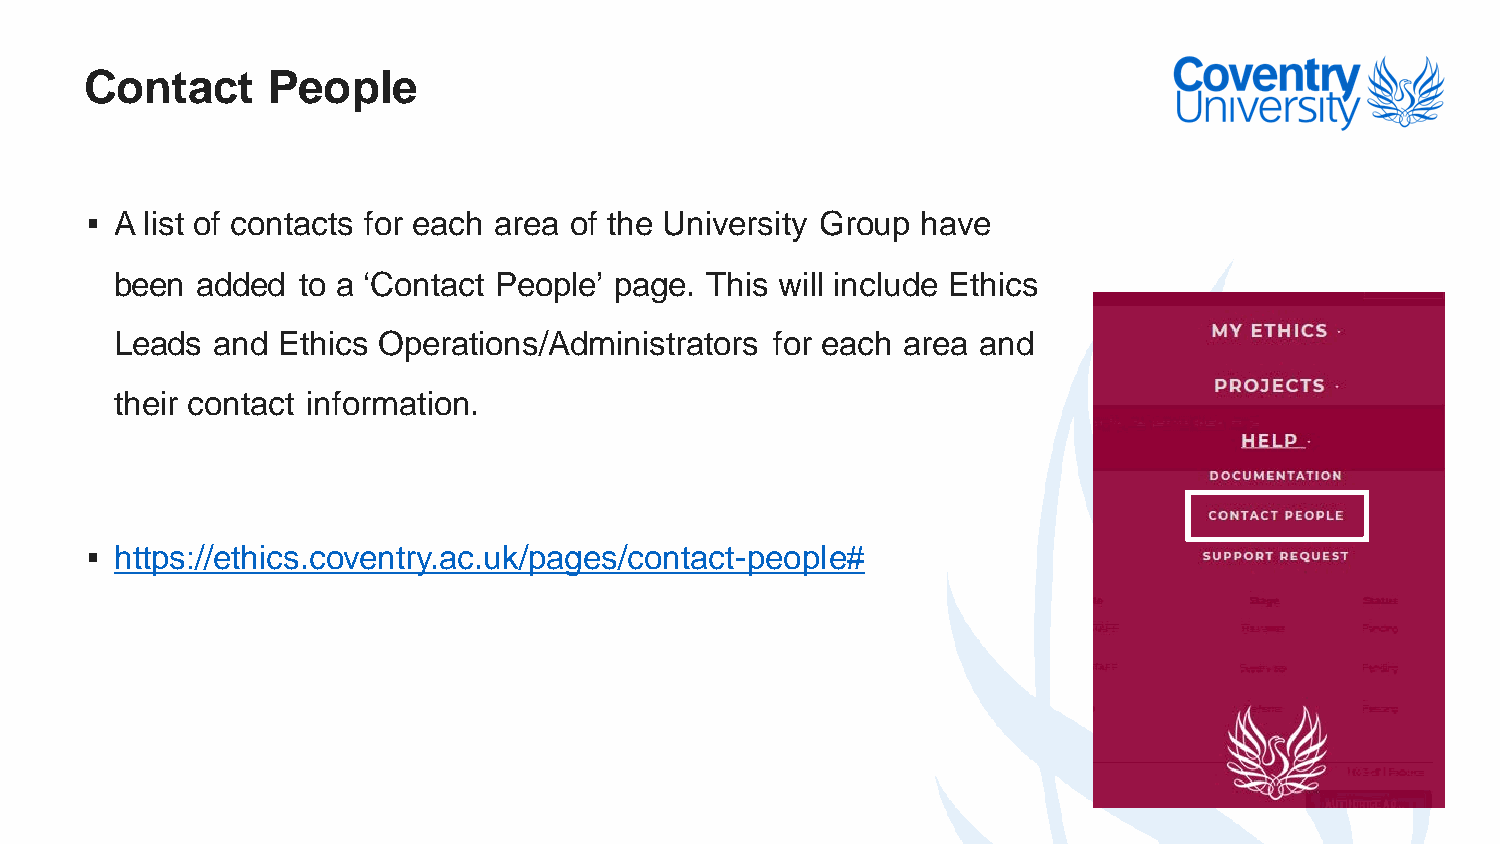
Contact     People
  A list of contacts for each area of the University Group have
 been added  to a ‘Contact People’ page. This will include Ethics
 Leads and Ethics Operations/Administrators for each area and
 their contact information.
  https://ethics.coventry.ac.uk/pages/contact-people#